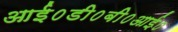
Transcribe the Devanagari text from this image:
आई०डी०बी०आई०